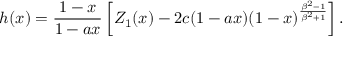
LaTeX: h ( x ) = { \frac { 1 - x } { 1 - a x } } \left[ { \cal Z } _ { 1 } ( x ) - 2 c ( 1 - a x ) ( 1 - x ) ^ { \frac { \beta ^ { 2 } - 1 } { \beta ^ { 2 } + 1 } } \right] .